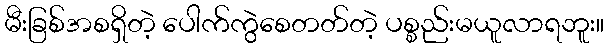
မီးခြစ်အစရှိတဲ့ ပေါက်ကွဲစေတတ်တဲ့ ပစ္စည်းမယူလာရဘူး။